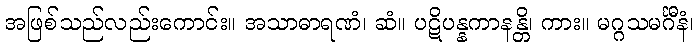
အဖြစ်သည်လည်းကောင်း။ အသာဓာရဏံ၊ ဆံ။ ပဋိပန္နကာနန္တိ၊ ကား။ မဂ္ဂသမင်္ဂီနံ၊